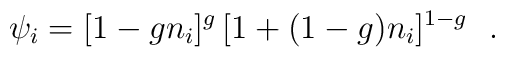
\psi_i=[1-g n_i]^g \, [1+(1-g) n_i]^{1-g} \ \ .